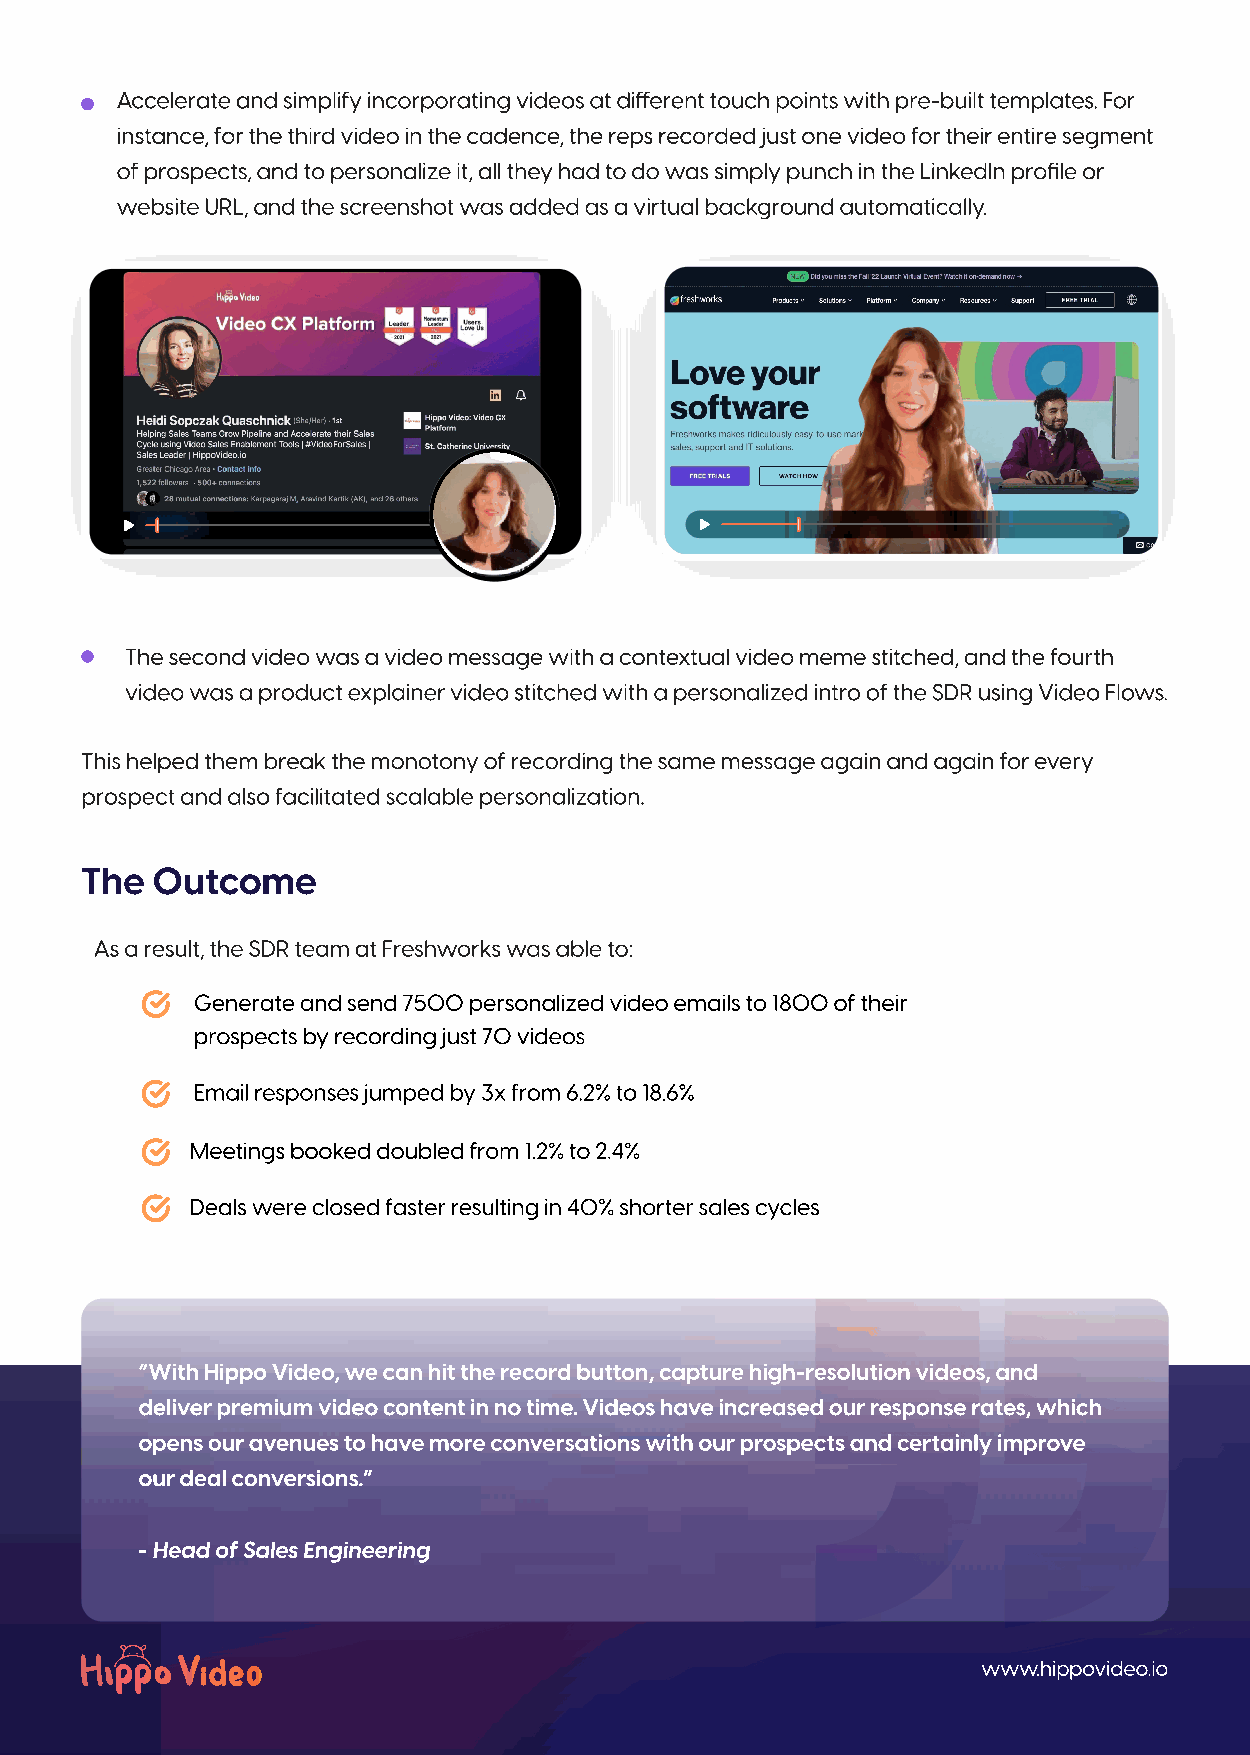
Accelerate and simplify incorporating videos at dierent touch points with pre-built templates. For
 instance, for the third video in the cadence, the reps recorded just one video for their entire segment
 of prospects, and to personalize it, all they had to do was simply punch in the LinkedIn profile or
 website URL, and the screenshot was added as a virtual background automatically.
 The second video was a video message with a contextual video meme stitched, and the fourth
 video was a product explainer video stitched with a personalized intro of the SDR using Video Flows.
 This helped them break the monotony of recording the same message again and again for every
 prospect and also facilitated scalable personalization.
 The  Outcome
 As a result, the SDR team at Freshworks was able to:
 Generate and send 7500 personalized video emails to 1800 of their
 prospects by recording just 70 videos
 Email responses jumped by 3x from 6.2% to 18.6%
 Meetings booked doubled from 1.2% to 2.4%
 Deals were closed faster resulting in 40% shorter sales cycles
 “With Hippo Video, we can hit the record button, capture high-resolution videos, and
 deliver premium video content in no time. Videos have increased our response rates, which
 opens our avenues to have more conversations with our prospects and certainly improve
 our deal conversions.”
 - Head of Sales Engineering
 www.hippovideo.io